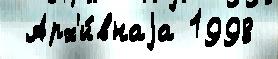
 Арх'и́внаjа 1998